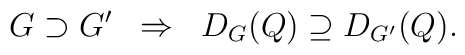
G \supset G' \;\; \Rightarrow \;\;  D_G(Q) \supseteq D_{G'}(Q).